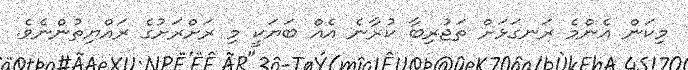
މިކަން އެންމެ ރަނގަޅަށް ތަޖުރިބާ ކުރާނެ އެއް ބަޔަކީ މި ރަށްރަށުގެ ރައްޔިތުންނެވެ.